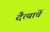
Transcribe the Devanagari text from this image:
दैत्याचें